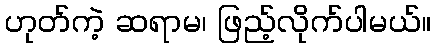
ဟုတ်ကဲ့ ဆရာမ၊ ဖြည့်လိုက်ပါမယ်။